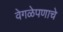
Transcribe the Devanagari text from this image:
वेगळेपणाचे